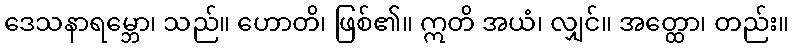
ဒေသနာရမ္ဘော၊ သည်။ ဟောတိ၊ ဖြစ်၏။ ဣတိ အယံ၊ လျှင်။ အတ္ထော၊ တည်း။